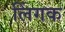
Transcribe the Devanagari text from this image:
लिंगक